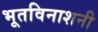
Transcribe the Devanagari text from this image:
भूतविनाशनी